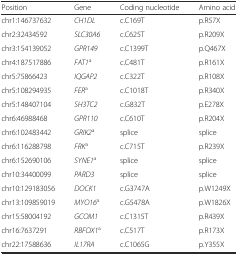
<table><thead><tr><td><b>Position</b></td><td><b>Gene</b></td><td><b>Coding nucleotide</b></td><td><b>Amino acid</b></td></tr></thead><tbody><tr><td>chr1:146737632</td><td><i>CH1DL</i></td><td>c.C169T</td><td>p.R57X</td></tr><tr><td>chr2:32434592</td><td><i>SLC30A6</i></td><td>c.C625T</td><td>p.R209X</td></tr><tr><td>chr3:154139052</td><td><i>GPR149</i></td><td>c.C1399T</td><td>p.Q467X</td></tr><tr><td>chr4:187517886</td><td><i>FAT1</i><sup>a</sup></td><td>c.C481T</td><td>p.R161X</td></tr><tr><td>chr5:75866423</td><td><i>IQGAP2</i></td><td>c.C322T</td><td>p.R108X</td></tr><tr><td>chr5:108294935</td><td><i>FER</i><sup>a</sup></td><td>c.C1018T</td><td>p.R340X</td></tr><tr><td>chr5:148407104</td><td><i>SH3TC2</i></td><td>c.G832T</td><td>p.E278X</td></tr><tr><td>chr6:46988468</td><td><i>GPR110</i></td><td>c.C610T</td><td>p.R204X</td></tr><tr><td>chr6:102483442</td><td><i>GRIK2</i><sup>a</sup></td><td>splice</td><td>splice</td></tr><tr><td>chr6:116288798</td><td><i>FRK</i><sup>a</sup></td><td>c.C715T</td><td>p.R239X</td></tr><tr><td>chr6:152690106</td><td><i>SYNE1</i><sup>a</sup></td><td>splice</td><td>splice</td></tr><tr><td>chr10:34400099</td><td><i>PARD3</i></td><td>splice</td><td>splice</td></tr><tr><td>chr10:129183056</td><td><i>DOCK1</i></td><td>c.G3747A</td><td>p.W1249X</td></tr><tr><td>chr13:109859019</td><td><i>MYO16</i><sup>a</sup></td><td>c.G5478A</td><td>p.W1826X</td></tr><tr><td>chr15:58004192</td><td><i>GCOM1</i></td><td>c.C1315T</td><td>p.R439X</td></tr><tr><td>chr16:7637291</td><td><i>RBFOX1</i><sup>a</sup></td><td>c.C517T</td><td>p.R173X</td></tr><tr><td>chr22:17588636</td><td><i>IL17RA</i></td><td>c.C1065G</td><td>p.Y355X</td></tr></tbody></table>